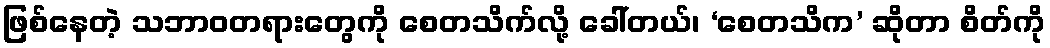
ဖြစ်နေတဲ့ သဘာဝတရားတွေကို စေတသိက်လို့ ခေါ်တယ်၊ ‘စေတသိက’ ဆိုတာ စိတ်ကို